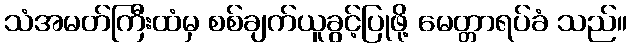
သံအမတ်ကြီးထံမှ စစ်ချက်ယူခွင့်ပြုဖို့ မေတ္တာရပ်ခံ သည်။